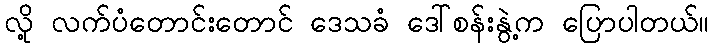
လို့ လက်ပံတောင်းတောင် ဒေသခံ ဒေါ်စန်းနွဲ့က ပြောပါတယ်။